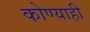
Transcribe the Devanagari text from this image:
कोण्याही